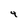
Character: 4